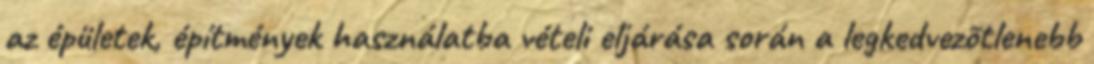
az épületek, építmények használatba vételi eljárása során a legkedvezõtlenebb